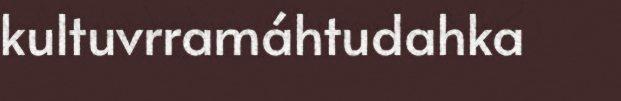
kultuvrramáhtudahka